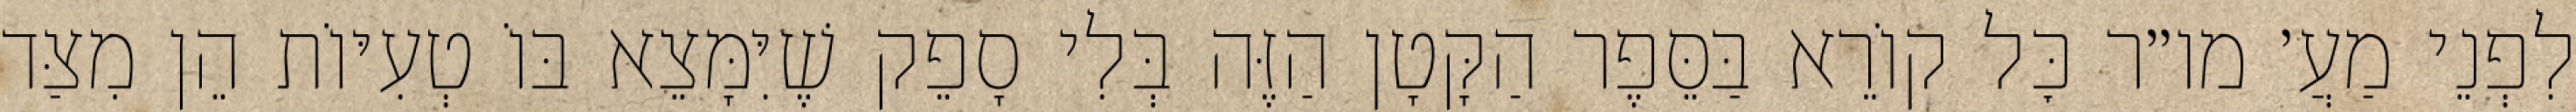
לִפְנֵי מַעֲ׳ מו״ר כׇּל קוֹרֵא בַּסֵּפֶר הַקָּטָן הַזֶּה בְּלִי סָפֵק שֶׁיִּמָּצֵא בּוֹ טְעִיּוֹת הֵן מִצַּד